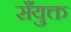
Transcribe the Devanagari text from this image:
सँयुक्त